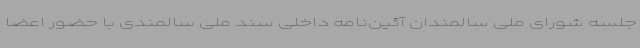
جلسه شورای ملی سالمندان آئین‌نامه داخلی سند ملی سالمندی با حضور اعضا